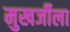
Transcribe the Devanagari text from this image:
मुखर्जीला